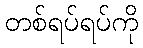
တစ်ရပ်ရပ်ကို